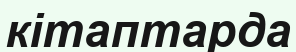
кітаптарда